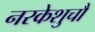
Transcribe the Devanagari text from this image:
नरकेशुचौ